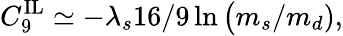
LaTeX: C_{9}^{\mathrm{IL}}\simeq-\lambda_{s}16/9\ln\big(m_{s}/m_{d}),